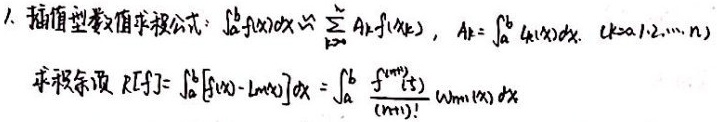
1. 插值型数值求积公式：
\(\int_{a}^{b}f(x)dx\approx\sum_{k = 1}^{n}A_{k}f(x_{k})\)，\(A_{k}=\int_{a}^{b}l_{k}(x)dx\)，\((k = 1,2,\cdots,n)\)
求积余项 \(R[f]=\int_{a}^{b}[f(x)-L_{n}(x)]dx=\int_{a}^{b}\frac{f^{(n + 1)}(\xi)}{(n+1)!}\omega_{n + 1}(x)dx\)